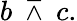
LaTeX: b\ \barwedge\ c.